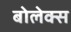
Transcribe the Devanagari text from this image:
बोलेक्स